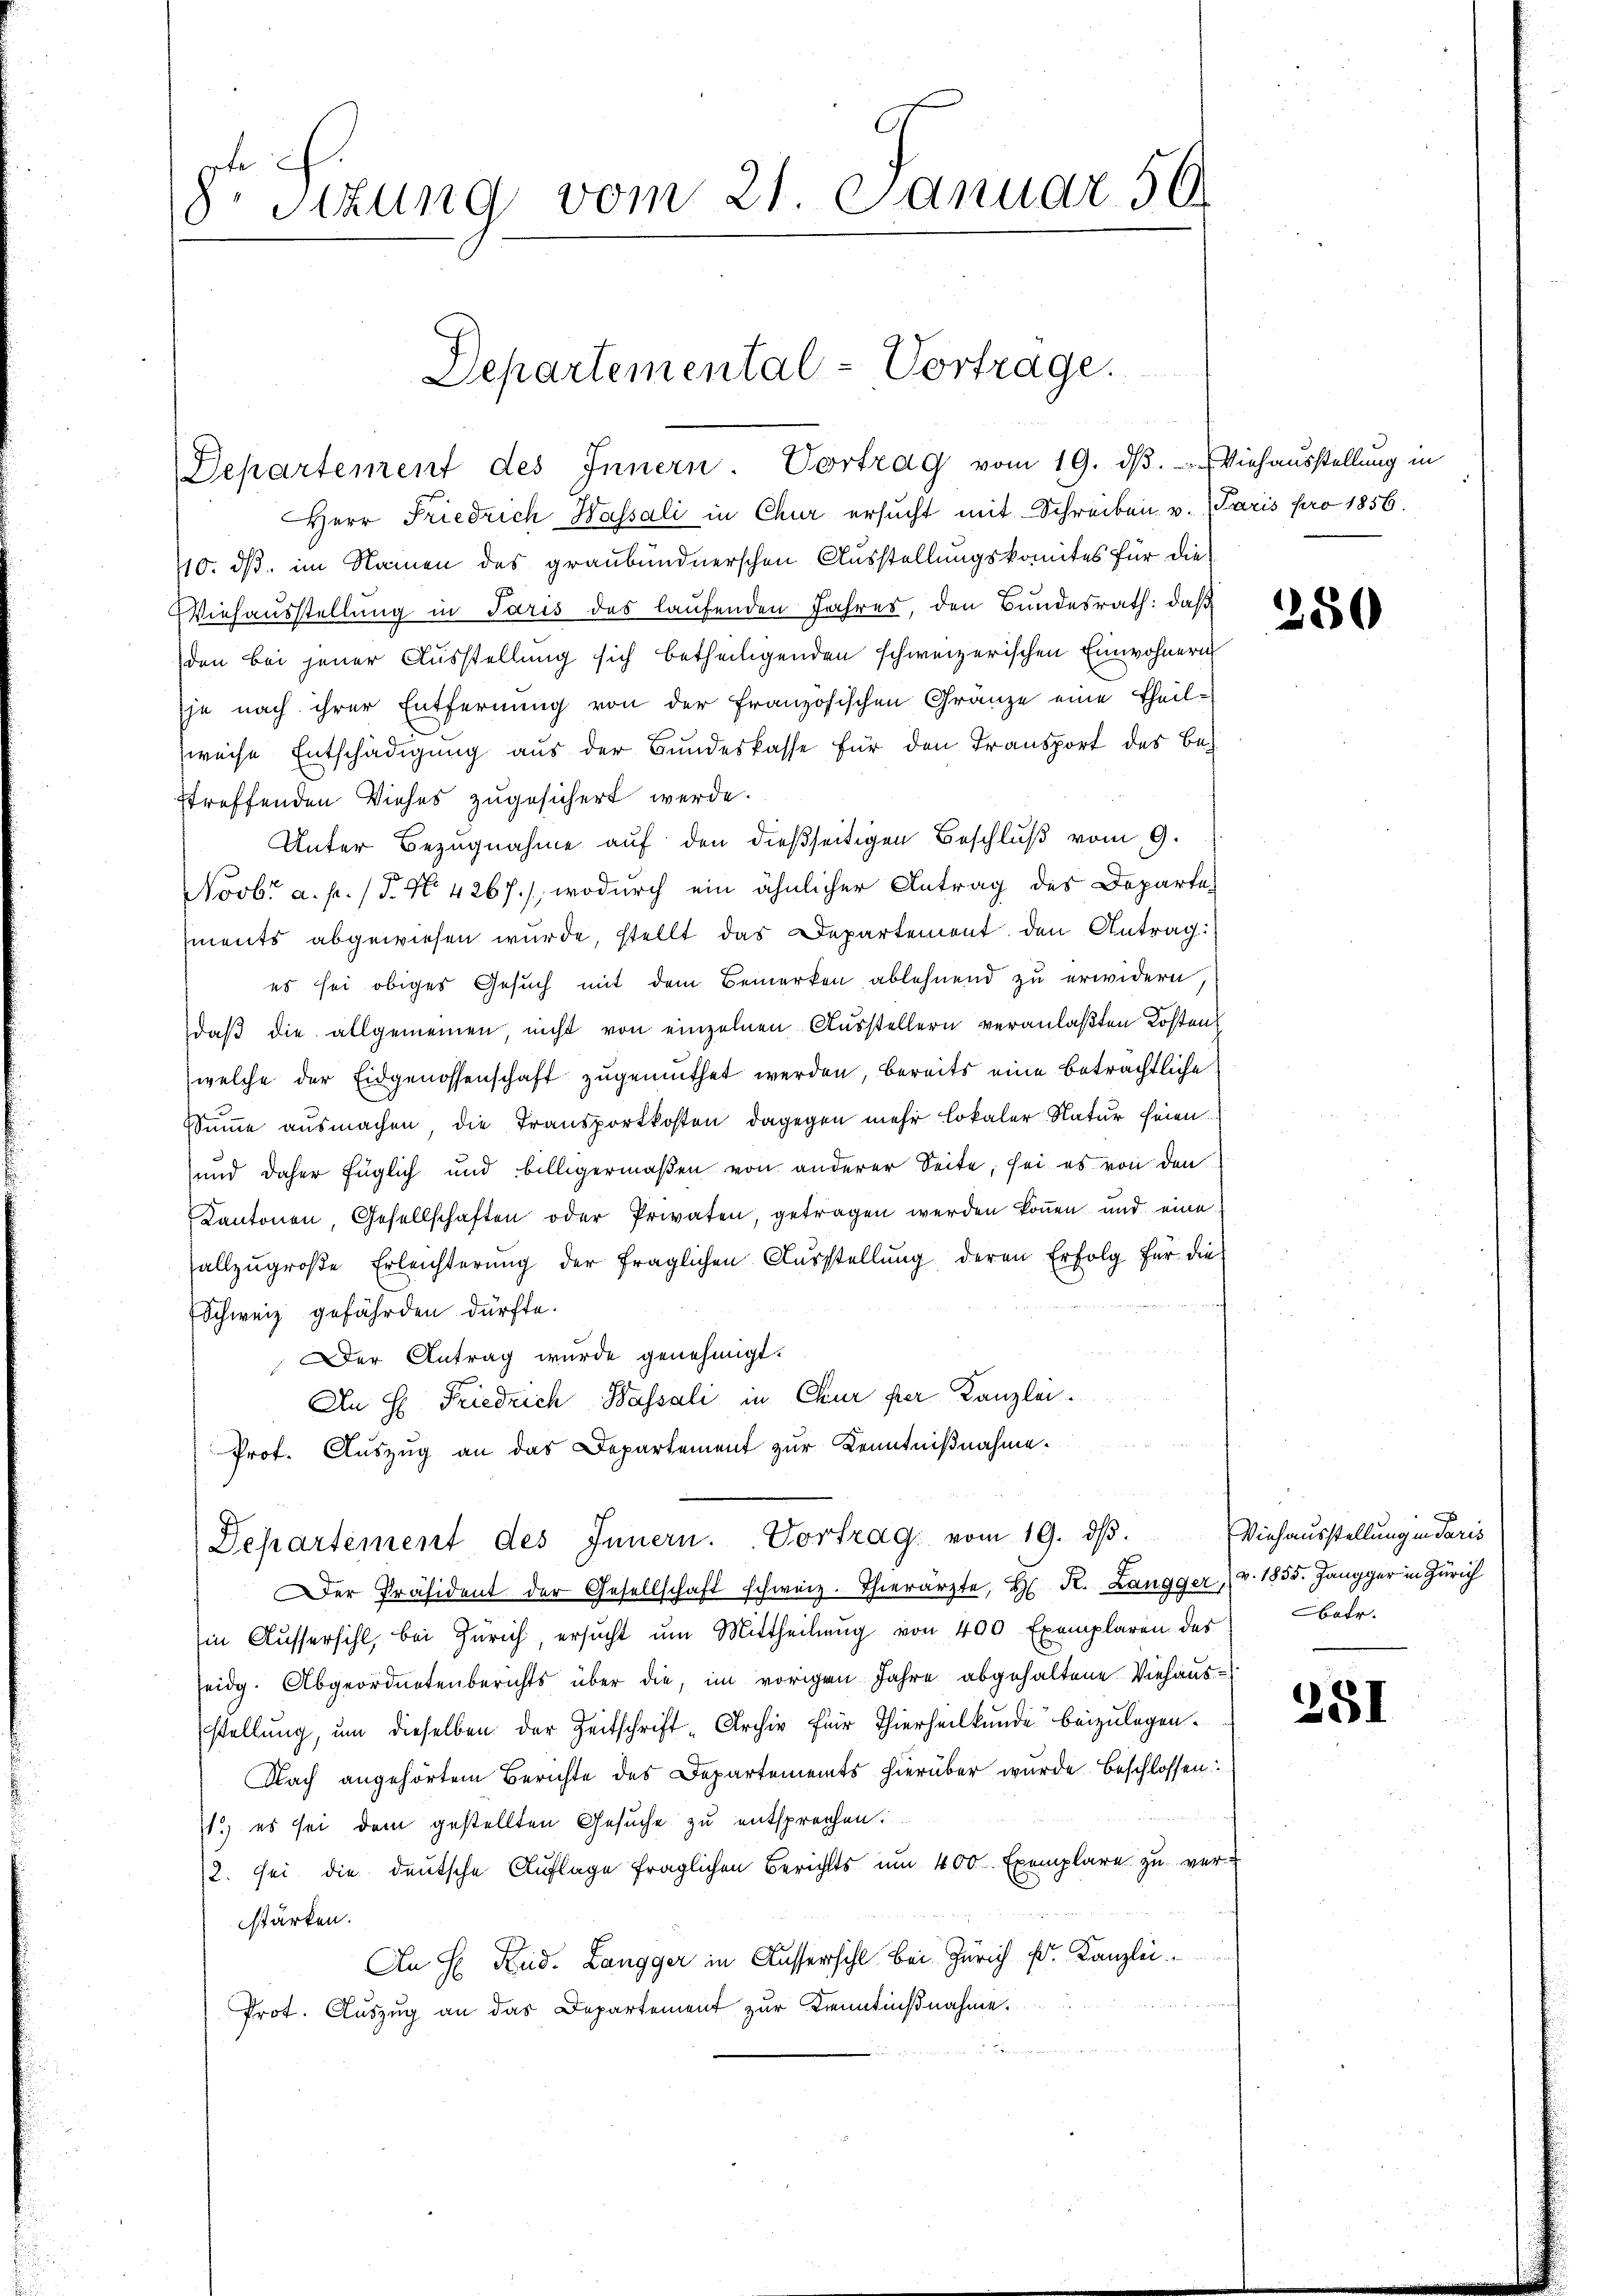
8r Sizung vom 21. Januar 50

Departemental-Vortrage.

Herr Friedrich Hassali in Chur ersucht mit Schreiben v. Paris pro 1856.
110. ds. im Namen des graubündnerschen Ausstellungskomites für die
Viehausstellung in Paris des laufenden Jahres, den Bundesrath: daß
den bei jener Ausstellung sich betheiligenden schweizerischen Einwohnern
je nach ihrer Entfernung von der Französischen Gränze eine Theil-
weise Entschädigung aus der Bundeskasse für den Transport des Bestreffenden Viehes zugesichert werde.
Unter Bezugnahme auf den dießseitigen Beschluß vom 9.
Novbr a. p. / P. No. 4267), wodurch ein ähnlicher Antrag des Departements abgewiesen wurde, stellt das Departement den Antrag:
es sei obiges Gesuch mit dem Bemerken ablehnend zu erwidern
daß die allgemeinen, nicht von einzelnen Ausstellern veranlaßten Kosten
welche der Eidgenossenschaft zugemuthet werden, bereits eine beträchtliche
Summe ausmachen, die Transportkosten, dagegen mehr lokaler Natur seien.
und daher füglich und billigermaßen von anderer Seite, sei es von den
Kantonen, Gesellschaften oder Privaten, getragen werden können und eine
allzŭgroβe Erleichterŭng der fraglichen Aŭsstellŭng deren Erfolg für die
Schweiz gefährden dürfte.
Der Antrag wurde genehmigt.
An H: Friedrich Wassali in Chur per Kanzlei.
Prof. Auszug an das Departement zur Kenntnißnahme.
Departement des Innern. Vortrag vom 19. dβ.
Der Präsident der Gesellschaft schweiz. Thierärzte, H. K. Langger (v. 1855. Jangger in Zürich
in Aŭssersihl, bei Zürich, ersŭcht ŭm Mittheilung von 400 Exemplaren der betr.
seidg. Abgeordnetenberichts über die, im vorigen Jahre abgehaltene Viehaus-
stellung, um dieselben der Zeitschrift-Archiv für Thierheilkunde beizulegen.
Nach angehörtem Berichte des Departements hierüber wurde beschlossen:
11.) es sei dem gestellten Gesuche zu entsprechen.
2. sei die deutsche Auflage fraglichen Berichts um 400. Exemplare zu ver¬

stärken.
An H. Rud. Langger in Ausserschl. bei Zürich Fr. Kanzlei
Prot. Auszug an das Departement zur Kenntnißnahme.

Departement des Innern Vortrag vom 19. dβ. Viehausstellung in

250

Viehausstellung in Paris

281